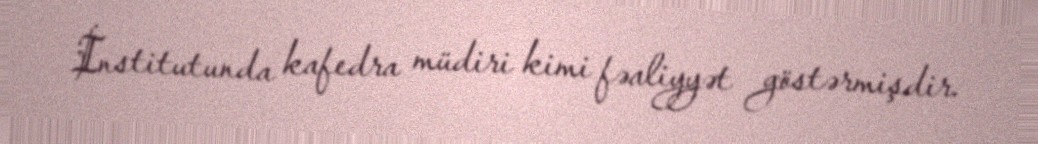
İnstitutunda kafedra müdiri kimi fəaliyyət göstərmişdir.